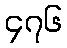
၄၇၆